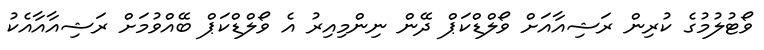
ވޯޓުލުމުގެ ކުރިން ރަޝިއާއަށް ވޯލްޑްކަޕް ދޭން ނިންމިއިރު އެ ވޯލްޑްކަޕް ބޭއްވުމަށް ރަޝިއާއާއެކު